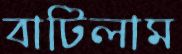
বাটিলাম